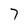
Character: 7